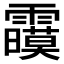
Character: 𲊍